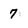
Character: 7